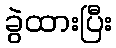
ခွဲထားပြီး